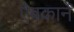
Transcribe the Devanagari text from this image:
ऐबकाने